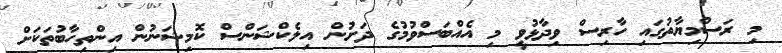
މި ރަސްމިޔާތުގައި ހާރިސް ވިދާޅުވީ މި އެއްބަސްވުމުގެ ދަށުން އިލެކްޝަންސް ކޮމިޝަނުން އިންތިހާބުތަކަށް